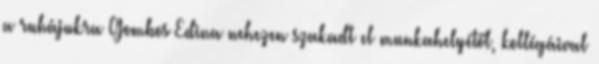
a ruhájukra Gombos Edina nehezen szakadt el munkahelyétől, kollégáival